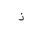
Letter: _thal